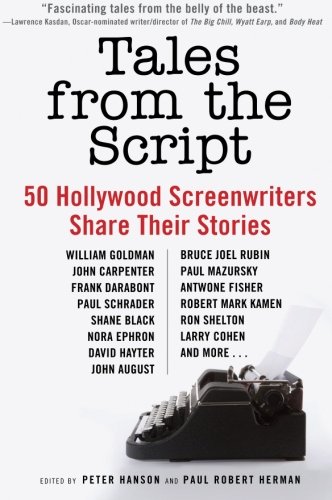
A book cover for Tales from the Script: 50 Hollywood Screenwriters Share Their Stories; Humor & Entertainment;